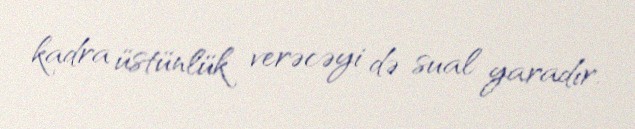
kadra üstünlük verəcəyi də sual yaradır.